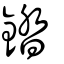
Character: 錔